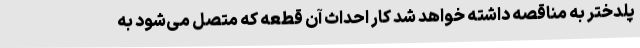
پلدختر به مناقصه داشته خواهد شد کار احداث آن قطعه که متصل می‌شود به